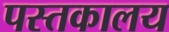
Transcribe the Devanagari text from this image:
पस्तकालय